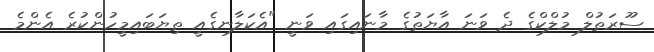
ސޫރަތުލް މުލްކްގެ ދެ ވަނަ އާޔަތުގެ މާނައިގައި ވަނީ "އެކަލާނގެއީ ތިޔަބައިމީހުންކުރެ އެންމެ